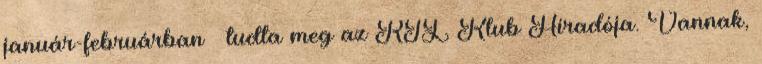
január-februárban – tudta meg az RTL Klub Híradója. Vannak,